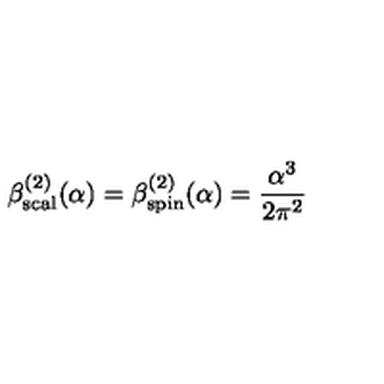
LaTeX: \beta _ { \mathrm { s c a l } } ^ { ( 2 ) } ( \alpha ) = \beta _ { \mathrm { s p i n } } ^ { ( 2 ) } ( \alpha ) = { \frac { { \alpha } ^ { 3 } } { 2 { \pi } ^ { 2 } } } \quad